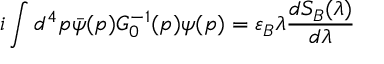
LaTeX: i \int d ^ { 4 } p \bar { \psi } ( p ) G _ { 0 } ^ { - 1 } ( p ) \psi ( p ) = \varepsilon _ { B } \lambda \frac { d S _ { B } ( \lambda ) } { d \lambda }